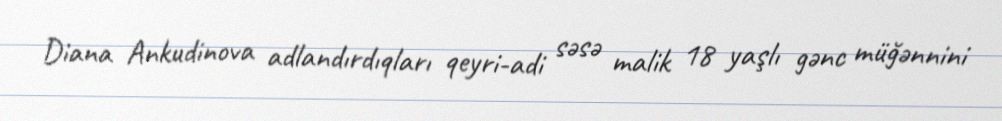
Diana Ankudinova adlandırdıqları qeyri-adi səsə malik 18 yaşlı gənc müğənnini